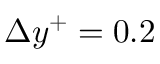
\Delta y ^ { + } = 0 . 2